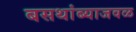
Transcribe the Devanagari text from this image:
बसथांब्याजवळ